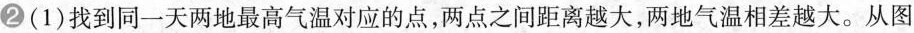
2(1)找到同一天两地最高气温对应的点，两点之间距离越大，两地气温相差越大。从图